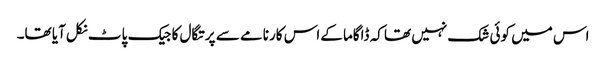
اس میں کوئی شک نہیں تھا کہ ڈاگاما کےاس کارنامے سے پرتگال کا جیک پاٹ نکل آیا تھا۔